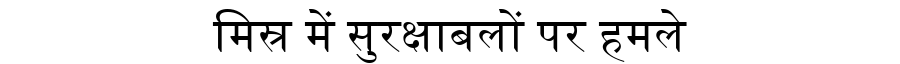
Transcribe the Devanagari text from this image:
मिस्र में सुरक्षाबलों पर हमले